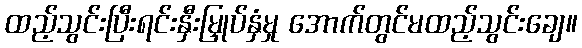
ထည့်သွင်းပြီးရင်းနှီးမြှုပ်နှံမှု အောက်တွင်မထည့်သွင်းချေ။